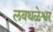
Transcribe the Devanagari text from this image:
लवथळेश्वर